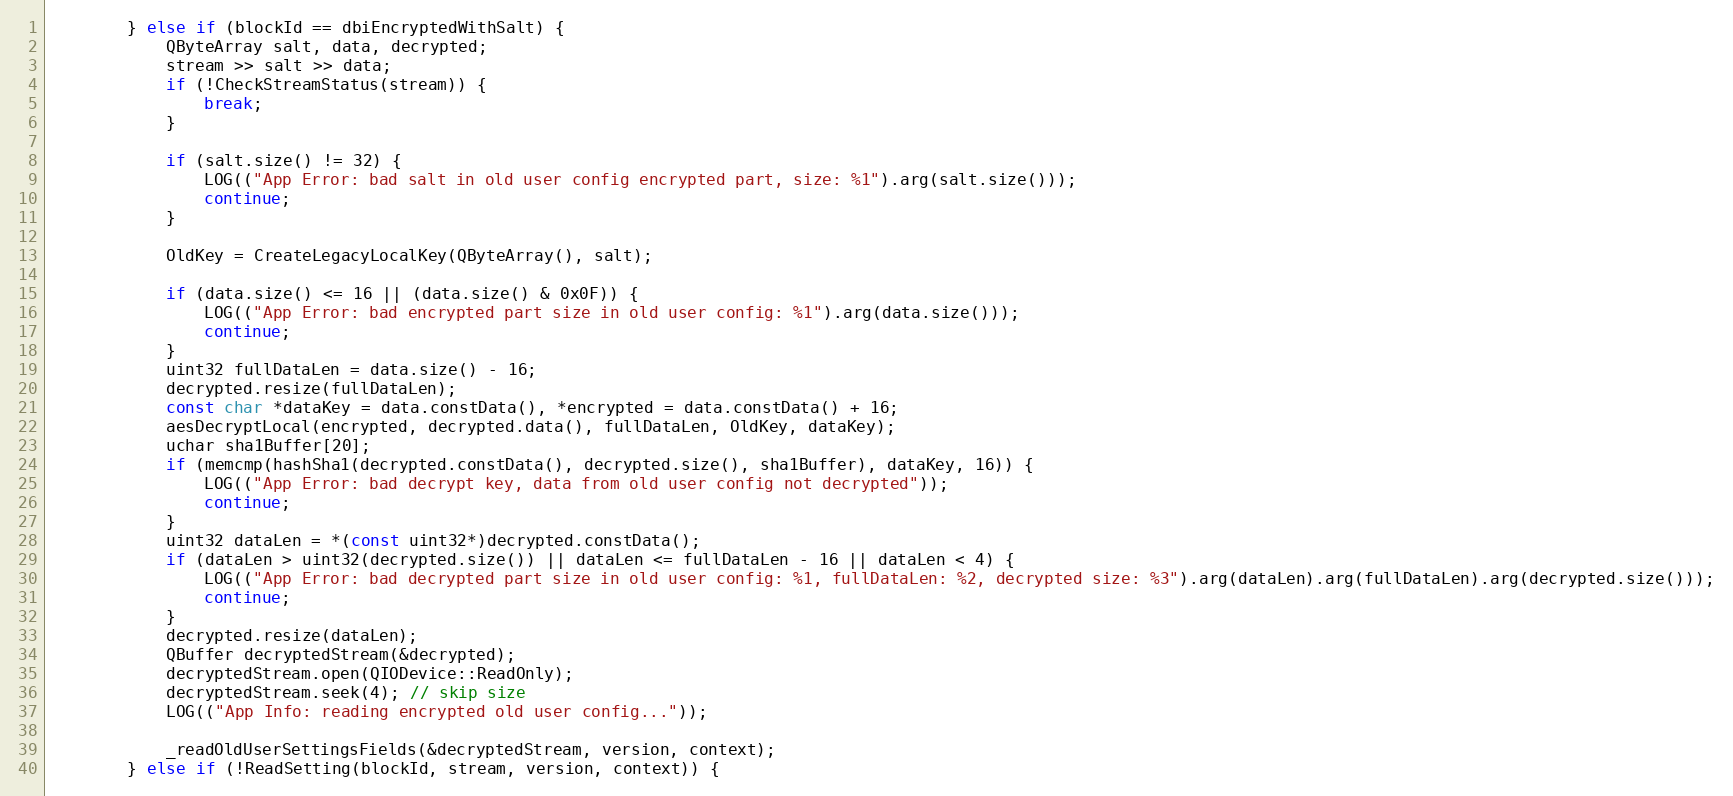
Language: C++
		} else if (blockId == dbiEncryptedWithSalt) {
			QByteArray salt, data, decrypted;
			stream >> salt >> data;
			if (!CheckStreamStatus(stream)) {
				break;
			}

			if (salt.size() != 32) {
				LOG(("App Error: bad salt in old user config encrypted part, size: %1").arg(salt.size()));
				continue;
			}

			OldKey = CreateLegacyLocalKey(QByteArray(), salt);

			if (data.size() <= 16 || (data.size() & 0x0F)) {
				LOG(("App Error: bad encrypted part size in old user config: %1").arg(data.size()));
				continue;
			}
			uint32 fullDataLen = data.size() - 16;
			decrypted.resize(fullDataLen);
			const char *dataKey = data.constData(), *encrypted = data.constData() + 16;
			aesDecryptLocal(encrypted, decrypted.data(), fullDataLen, OldKey, dataKey);
			uchar sha1Buffer[20];
			if (memcmp(hashSha1(decrypted.constData(), decrypted.size(), sha1Buffer), dataKey, 16)) {
				LOG(("App Error: bad decrypt key, data from old user config not decrypted"));
				continue;
			}
			uint32 dataLen = *(const uint32*)decrypted.constData();
			if (dataLen > uint32(decrypted.size()) || dataLen <= fullDataLen - 16 || dataLen < 4) {
				LOG(("App Error: bad decrypted part size in old user config: %1, fullDataLen: %2, decrypted size: %3").arg(dataLen).arg(fullDataLen).arg(decrypted.size()));
				continue;
			}
			decrypted.resize(dataLen);
			QBuffer decryptedStream(&decrypted);
			decryptedStream.open(QIODevice::ReadOnly);
			decryptedStream.seek(4); // skip size
			LOG(("App Info: reading encrypted old user config..."));

			_readOldUserSettingsFields(&decryptedStream, version, context);
		} else if (!ReadSetting(blockId, stream, version, context)) {